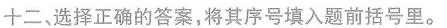
十二，选择正确的答案，将其序号填入题前括号里。